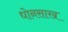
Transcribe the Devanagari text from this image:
धोनसाख